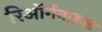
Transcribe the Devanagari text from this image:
रिऑर्गनाइज़्ड